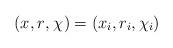
LaTeX: \begin{align*}\left(x_{}, r_{}, \chi_{}\right) =(x_i,r_i,\chi_i)\end{align*}